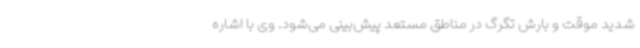
شدید موقت و بارش تگرگ در مناطق مستعد پیش‌بینی می‌شود. وی با اشاره